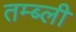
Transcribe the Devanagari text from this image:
तम्ब्ली